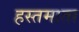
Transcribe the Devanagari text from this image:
हस्तमाता